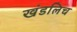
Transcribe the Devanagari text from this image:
खंडलिच